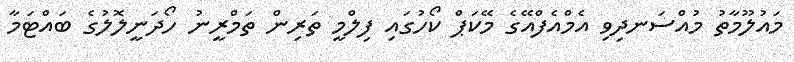
މައުލޫމާތު މުއްސަނދިވި އެމްއެފްއޭގެ މޭކަޕް ކޯހުގައި ފިލްމީ ތަރިން ތަމްރީނު ހޯދަނީލޮލުގެ ބައްޓަމާ